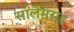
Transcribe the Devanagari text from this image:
सालेमसह